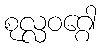
စုလ္လဝဂ္ဂေါ